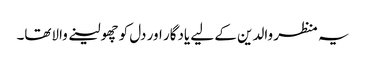
یہ منظر والدین کے لیے یادگار اور دل کو چھولینے والاتھا۔